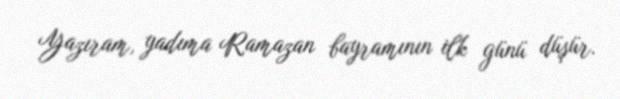
Yazıram, yadıma Ramazan bayramının ilk günü düşür.